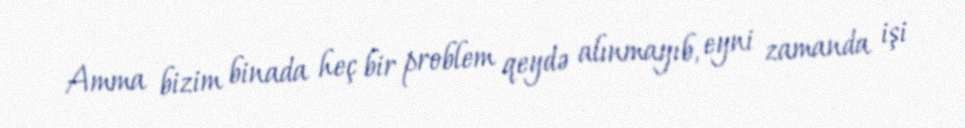
Amma bizim binada heç bir problem qeydə alınmayıb, eyni zamanda işi